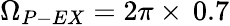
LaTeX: \Omega_{P-EX}=2\pi\times\, 0.7